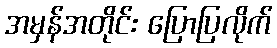
အမှန်အတိုင်း ပြောပြလိုက်